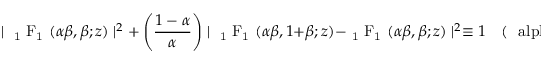
\mid \mathrm { ~ { { } _ { 1 } ~ F _ { 1 } } ~ } ( \alpha \beta , \beta ; z ) \mid ^ { 2 } + \left( \frac { 1 - \alpha } { \alpha } \right) \mid \mathrm { ~ { { } _ { 1 } ~ F _ { 1 } } ~ } ( \alpha \beta , 1 + \beta ; z ) - \mathrm { ~ { { } _ { 1 } ~ F _ { 1 } } ~ } ( \alpha \beta , \beta ; z ) \mid ^ { 2 } \equiv 1 \quad \mathrm { ( ~ \ a l p h a ~ r e a l ) }